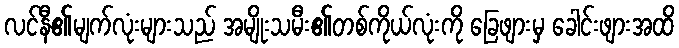
လင်နီ၏မျက်လုံးများသည် အမျိုးသမီး၏တစ်ကိုယ်လုံးကို ခြေဖျားမှ ခေါင်းဖျားအထိ